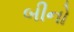
બીનો